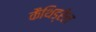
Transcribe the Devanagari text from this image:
कैथिड्रेल